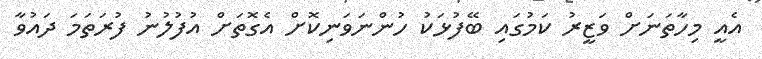
އެއީ މިހާތަނަށް ވަޒީރު ކަމުގައި ބޭފުޅަކު ހުންނަވަނިކޮށް އެގޮތަށް އުފުލުނު ފުރަތަމަ ދައުވާ